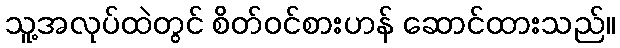
သူ့အလုပ်ထဲတွင် စိတ်ဝင်စားဟန် ဆောင်ထားသည်။